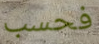
فحسب